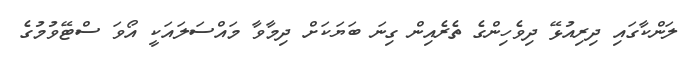
ލަންކާގައި ދިރިއުޅޭ ދިވެހިންގެ ތެރެއިން ގިނަ ބަޔަކަށް ދިމާވާ މައްސަލައަކީ އޯވަ ސްޓޭވުމުގެ